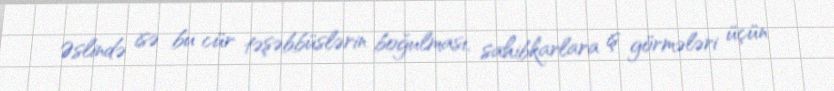
Əslində isə bu cür təşəbbüslərin boğulması, sahibkarlara iş görmələri üçün